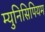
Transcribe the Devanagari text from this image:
म्युनिसिपियम